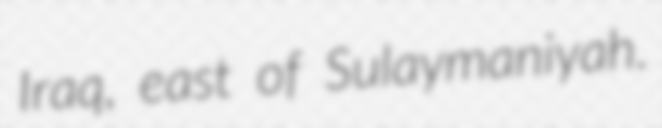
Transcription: Iraq, east of Sulaymaniyah.